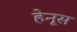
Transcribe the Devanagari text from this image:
हेनूस